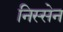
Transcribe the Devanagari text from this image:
निस्सेन